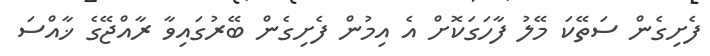
ފެށިގެން ސަތޭކަ މޭލު ފާހަގަކޮށް އެ އިމުން ފެށިގެން ބޭރުގައިވާ ރާއްޖޭގެ ޚާއްސަ